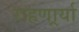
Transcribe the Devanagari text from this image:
राहणार्र्या